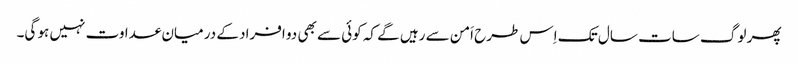
پھر لوگ سات سال تک اِس طرح اَمن سے رہیں گے کہ کوئی سے بھی دو افراد کے درمیان عداوت نہیں ہو گی۔